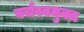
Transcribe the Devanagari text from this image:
वर्चस्वमुक्त